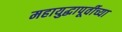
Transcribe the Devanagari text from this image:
महायुद्धापूर्वीच्या